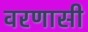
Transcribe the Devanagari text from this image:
वरणासी